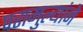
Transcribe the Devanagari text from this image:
परामुल्यांने